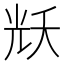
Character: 𭀦